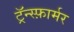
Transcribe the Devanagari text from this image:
ट्रॅन्स्फ़ार्मर